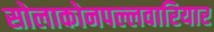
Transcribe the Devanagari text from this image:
सोलाकोनपल्लवारियार